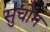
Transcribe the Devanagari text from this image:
सुचोंग